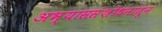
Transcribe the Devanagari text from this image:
अभ्याससंशोधनातून